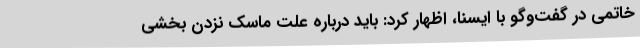
خاتمی در گفت‌وگو با ایسنا، اظهار کرد: باید درباره‌ علت ماسک نزدن بخشی